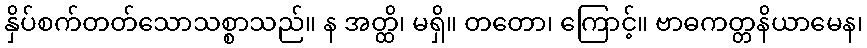
နှိပ်စက်တတ်သောသစ္စာသည်။ န အတ္ထိ၊ မရှိ။ တတော၊ ကြောင့်။ ဗာဓကတ္တနိယာမေန၊